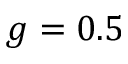
g = 0 . 5